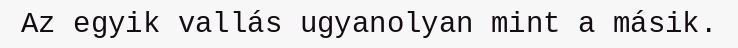
Az egyik vallás ugyanolyan mint a másik.